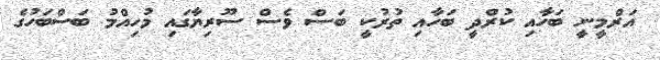
އަރްމީނީ ބަހާއި ކުރްދީ ބަހާއި ތުރުކީ ބަސް ވެސް ސޫރިޔާގައި މުހިއްމު ބަސްބަހުގެ